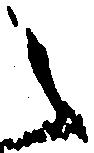
之